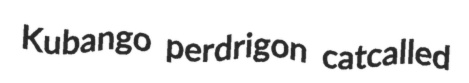
Kubango perdrigon catcalled